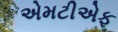
એમટીએફ